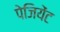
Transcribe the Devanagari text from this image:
पेजियेंट